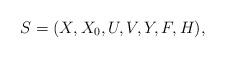
LaTeX: \begin{align*}S = (X, X_0, U, V, Y, F, H),\end{align*}